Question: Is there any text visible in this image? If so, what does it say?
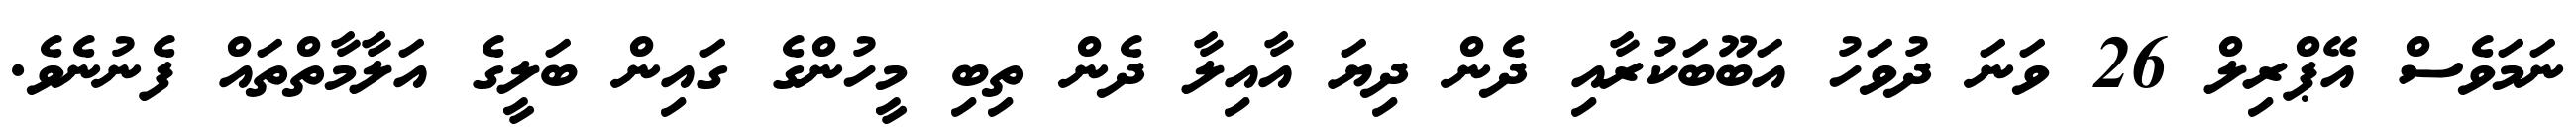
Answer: ނަމަވެސް އޭޕްރިލް 26 ވަނަ ދުވަހު އަބޫބަކުރާއި ދެން ދިޔަ އާއިލާ ދެން ތިބި މީހުންގެ ގައިން ބަލީގެ އަލާމާތްތައް ފެނުނެވެ.